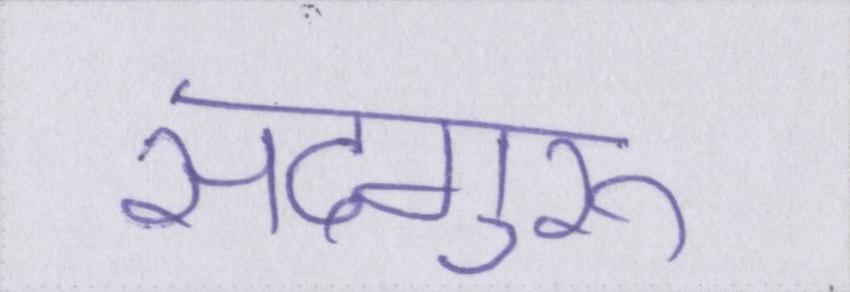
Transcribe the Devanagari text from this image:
सदगुरू